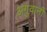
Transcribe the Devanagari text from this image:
अगुवानी